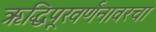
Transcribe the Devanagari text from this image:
ऋद्धिपूरवर्णनावरचा